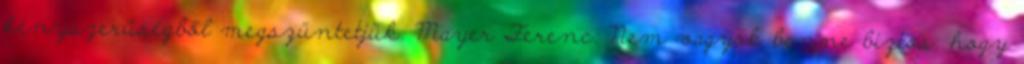
kényszerűségből megszüntetjük. Mayer Ferenc: Nem vagyok benne biztos, hogy